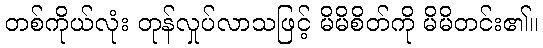
တစ်ကိုယ်လုံး တုန်လှုပ်လာသဖြင့် မိမိစိတ်ကို မိမိတင်း၏။